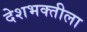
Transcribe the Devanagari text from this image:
देशभक्तीला